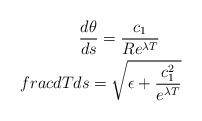
LaTeX: \begin{align*}\frac{d\theta}{ds}=\frac{c_1}{Re^{\lambda T }}\ \ \ \ \\frac{dT}{ds}=\sqrt{\epsilon +\frac{c_1^2}{e^{\lambda T}}}\end{align*}